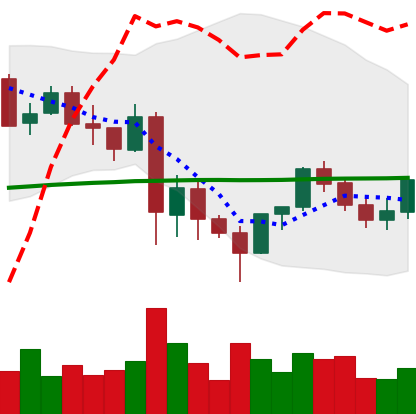
Ticker: LINK-USD
Chart end date: 2021-05-31
Forward return: -15.463%
Label: down_7plus